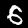
Label: 6